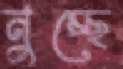
নুচ্ছে